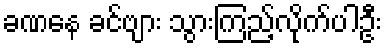
ခဏနေ ခင်ဗျား သွားကြည့်လိုက်ပါဦး